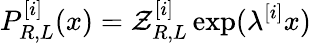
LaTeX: P_{R,L}^{[i]}(x)=\mathcal{Z}_{R,L}^{[i]}\exp(\lambda^{[i]}x)